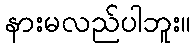
နားမလည်ပါဘူး။